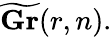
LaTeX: {\widetilde{\mathbf{Gr}}}(r,n).